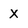
Character: x